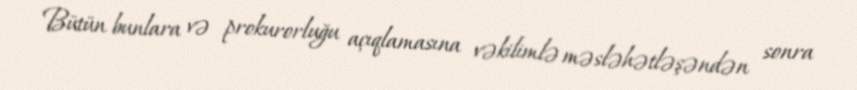
Bütün bunlara və prokurorluğu açıqlamasına vəkilimlə məsləhətləşəndən sonra